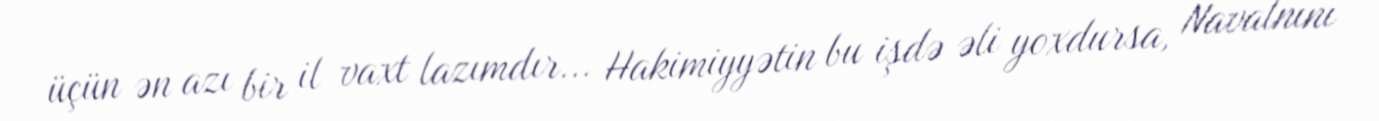
üçün ən azı bir il vaxt lazımdır... Hakimiyyətin bu işdə əli yoxdursa, Navalnını